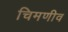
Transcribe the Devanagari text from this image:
चिमणीव